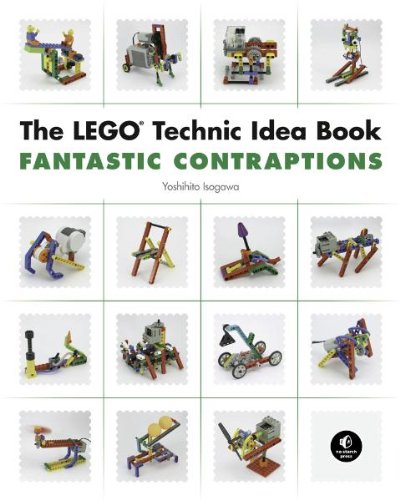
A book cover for The LEGO Technic Idea Book: Fantastic Contraptions; Yoshihito Isogawa; Crafts, Hobbies & Home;